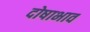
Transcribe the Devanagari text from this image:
दोषाभाव